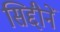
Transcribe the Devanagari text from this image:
सिद्दीनें